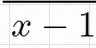
x1